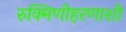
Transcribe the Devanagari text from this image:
रुक्मिणीहरणाशी